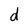
Character: d